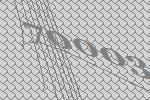
70003